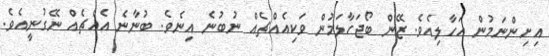
އިށިންނަމުން އަހާލިއެވެ. ޒޭން ބޯޖަހާލަމުން ވަކިއެއްޗެއް ނުބުނެ އިނެވެ. ބުނާނެ އެއްޗެއް ނޭގުނީއެވެ.